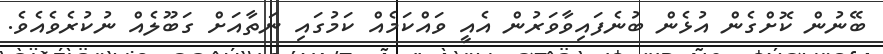
ބޭނުން ކޮށްގެން އުޅެން ބުނެފައިވާވަރުން އެއީ ވައްކަމެއް ކަމުގައި ނަތާއަށް ގަބޫލެއް ނުކުރެވެއެވެ.